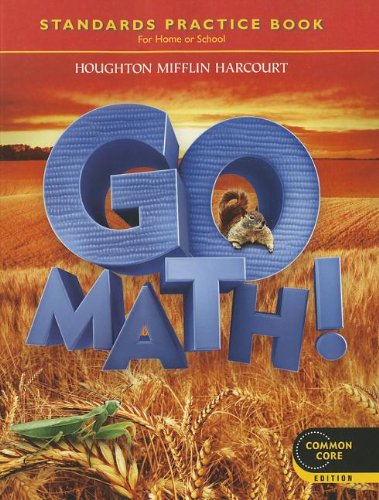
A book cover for Go Math! Standards Practice Book, Grade 2, Common Core Edition; HOUGHTON MIFFLIN HARCOURT; Education & Teaching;